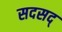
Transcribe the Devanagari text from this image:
सदसद्